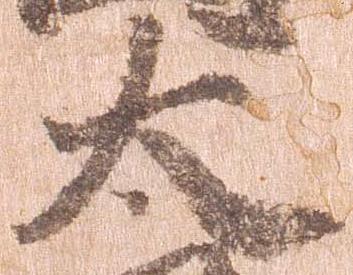
太